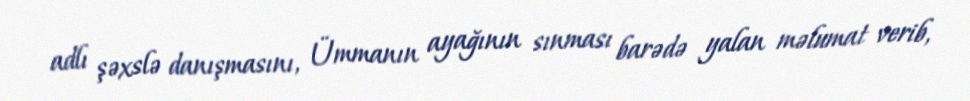
adlı şəxslə danışmasını, Ümmanın ayağının sınması barədə yalan məlumat verib,